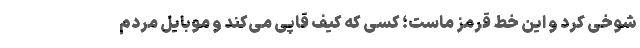
شوخی کرد و این خط قرمز ماست؛ کسی که کیف قاپی می‌کند و موبایل مردم